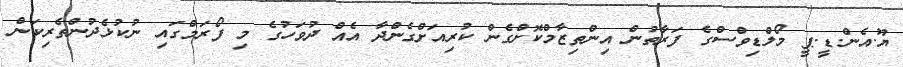
ޔޫ.އެން.ޑީ.ޕީ މޯލްޑިވްސްގެ ފަރާތުން އިންތިޒާމްކޮށްގެން ކުރިއަށްގެންދާ އެއް ދުވަހުގެ މި ފޯރަމްގައި ނުކުޅެދުންތެރިކަން